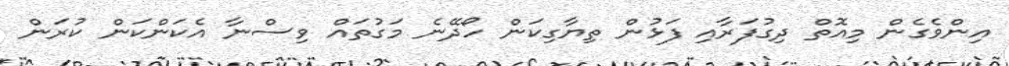
އިންވެގެން މިއޮތް ދިގުފަރާއި ފަޅުން ތިޔާގިކަން ހޯދޭނެ މަގުތައް ވިސްނާ އެކަންކަން ކުރަން